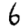
Digit: 6